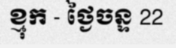
ខ្មុក - ថ្ងៃចន្ទ 22